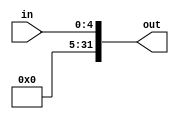
`timescale 1ns / 1ps
//////////////////////////////////////////////////////////////////////////////////
// Company: 
// Engineer: 
// 
// Design Name: 
// Module Name: SignExtender5Bit
// Project Name: 
// Target Devices: 
// Tool Versions: 
// Description: 
// 
// Dependencies: 
// 
// Revision:
// Revision 0.01 - File Created
// Additional Comments:
// 
//////////////////////////////////////////////////////////////////////////////////


module SignExtender5Bit(in, out);
    /* A 5-Bit input word */
    input [4:0] in;
    //reg [4:0] zeros = 0;
    
    /* A 32-Bit output word */
    output reg [31:0] out;
    
    /* Fill in the implementation here ... */
    always @ (in) begin
        out <= { {27'd0}, in};
    end
endmodule